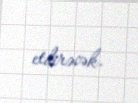
etdirəcək.